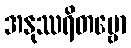
အနုဿရိတဗ္ဗော